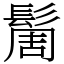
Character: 䯾